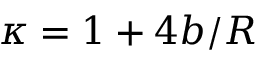
\kappa = 1 + 4 b / R